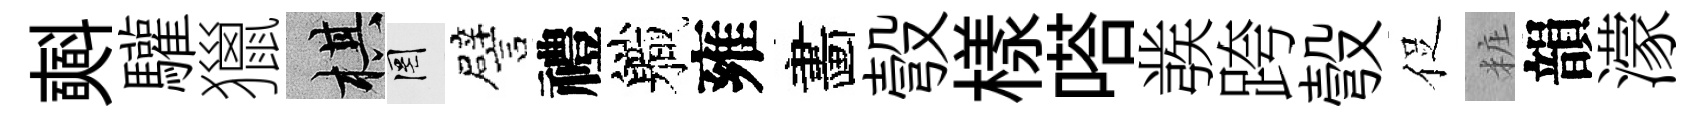
𣂏驩獵棋罔譬禮軄雍畵彀樣嗒彂跨彀促粧韻濛